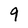
Character: 9